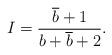
LaTeX: \begin{align*} I = \frac{\overline{b}+1}{b+\overline{b}+2}.\end{align*}